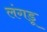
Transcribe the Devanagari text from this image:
लंगडू